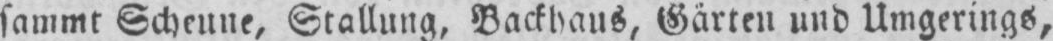
sammt Scheune, Stallung, Backhaus, Gärten und Umgerings,